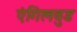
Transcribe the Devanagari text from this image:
एंगिलवुड